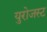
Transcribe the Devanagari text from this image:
युरोजस्ट